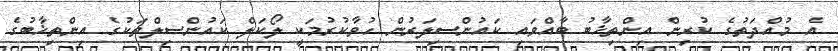
އެ މުއްދަތުގެ ކުރިން އިންތިޚާބު ބާއްވައި ކައުންސިލަރުން ހުވާކުރުމަކީ ލޯކަލް ކައުންސިލްތަކުގެ އިންތިޚާބުގެ